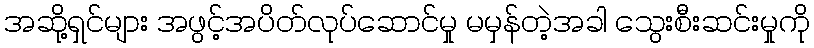
အဆို့ရှင်များ အဖွင့်အပိတ်လုပ်ဆောင်မှု မမှန်တဲ့အခါ သွေးစီးဆင်းမှုကို